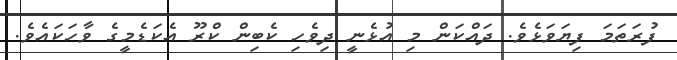
ފުރަަތަމަ ފިޔަވަޅެވެ. ދައްކަން މި އުޅެނީ ދިވެހި ކެބިން ކްރޫ އެކަޑެމީގެ ވާހަކައެެވެ.